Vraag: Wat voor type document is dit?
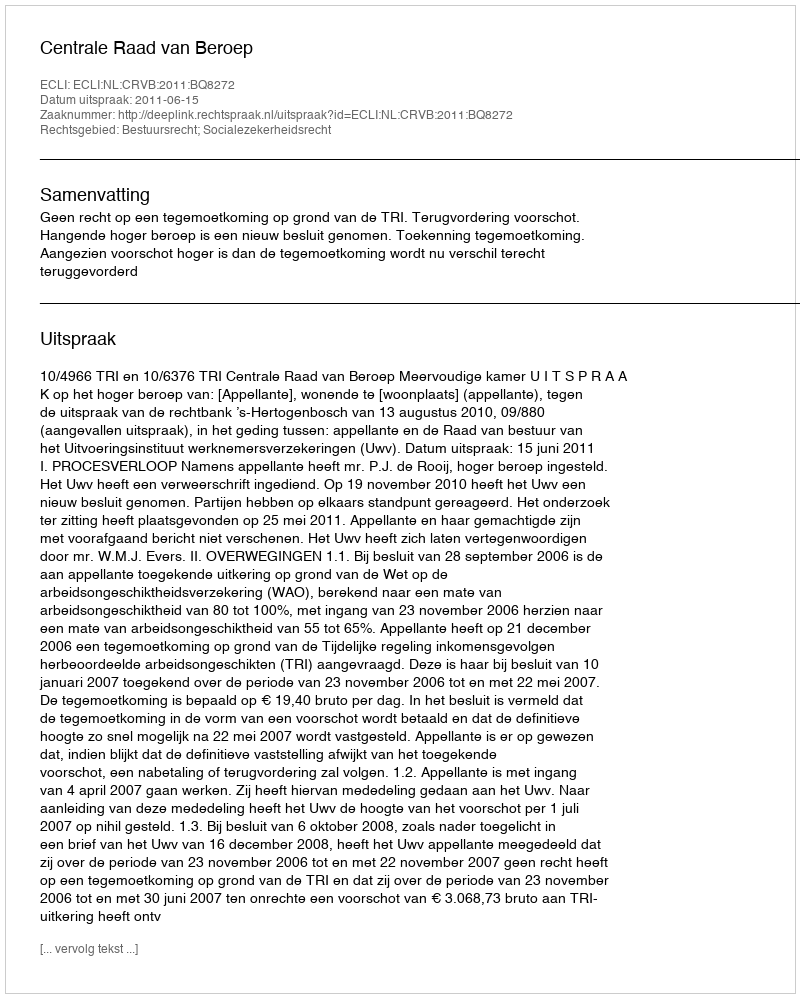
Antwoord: Uitspraak